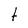
Character: t